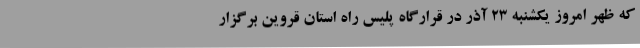
که ظهر امروز یکشنبه 23 آذر در قرارگاه پلیس راه استان قروین برگزار